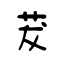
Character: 茇